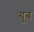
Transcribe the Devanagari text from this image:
ग्रूब